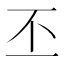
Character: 丕